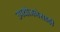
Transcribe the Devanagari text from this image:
उपयोजनेसाठी